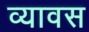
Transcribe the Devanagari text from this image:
व्यावस